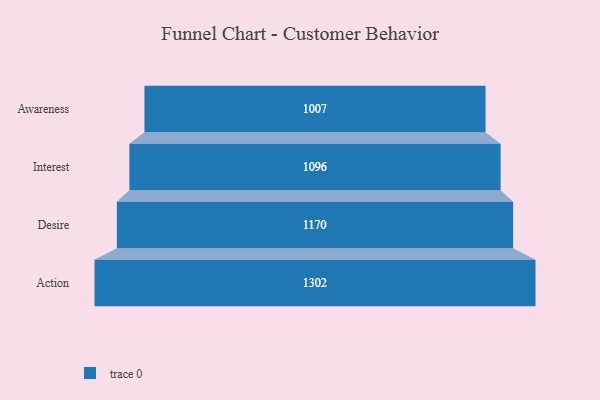
{"axis": {"x": "Stage", "y": "Value"}, "legend": [""], "data": [{"x": "Awareness", "y": 1007.0, "type": ""}, {"x": "Interest", "y": 1096.0, "type": ""}, {"x": "Desire", "y": 1170.0, "type": ""}, {"x": "Action", "y": 1302.0, "type": ""}]}